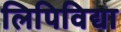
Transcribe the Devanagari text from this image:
लिपिविद्या